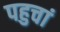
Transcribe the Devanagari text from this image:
पहुचां